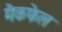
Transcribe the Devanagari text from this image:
मैकफेल